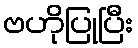
ဗဟိုပြုပြီး